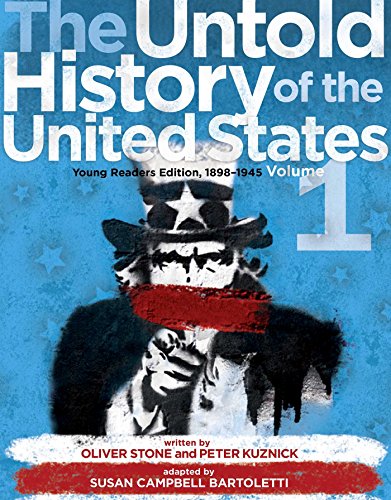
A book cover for The Untold History of the United States, Volume 1: Young Readers Edition, 1898-1945; Oliver Stone; Children's Books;